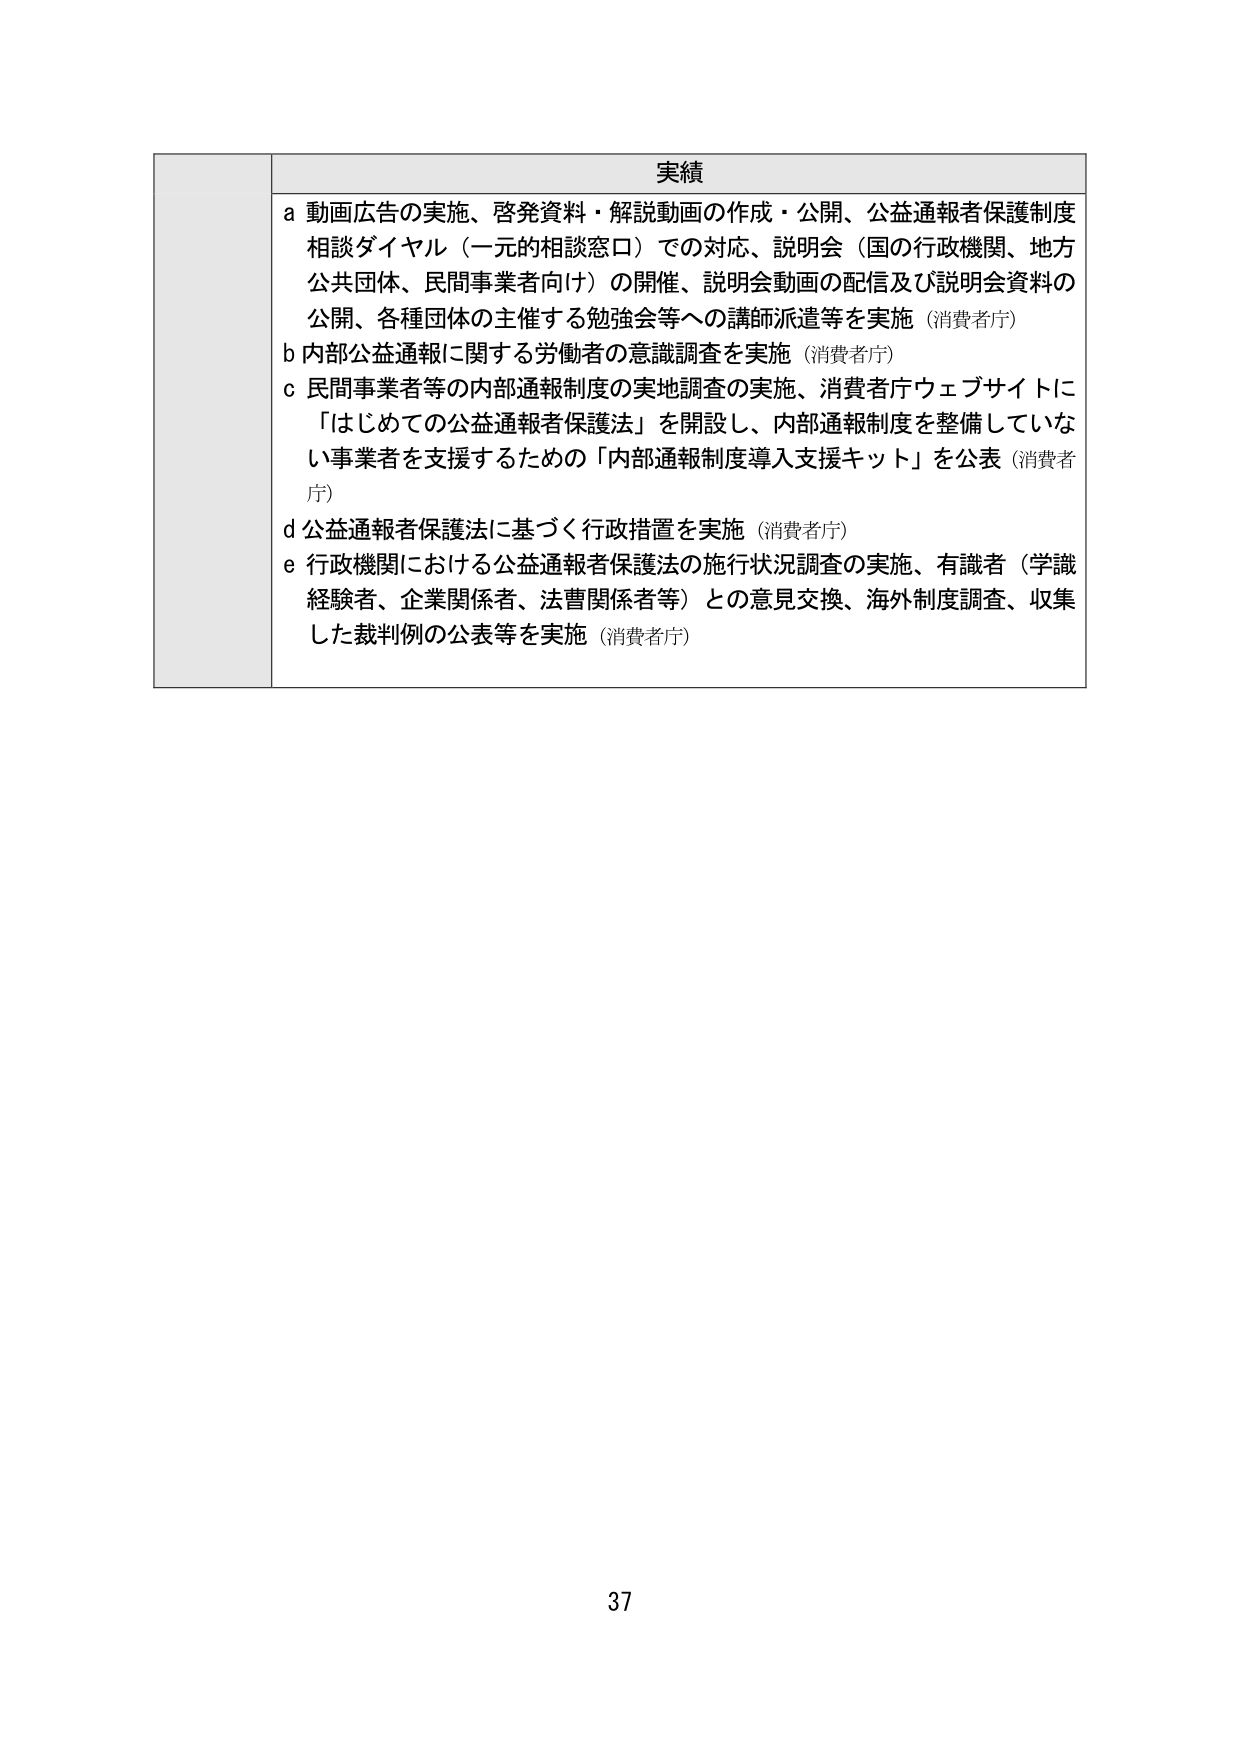
実績
a 動画広告の実施、啓発資料・解説動画の作成・公開、公益通報者保護制度
相談ダイヤル（一元的相談窓口）での対応、説明会（国の行政機関、地方
公共団体、民間事業者向け）の開催、説明会動画の配信及び説明会資料の
公開、各種団体の主催する勉強会等への講師派遣等を実施（消費者庁）
b 内部公益通報に関する労働者の意識調査を実施（消費者庁）
c 民間事業者等の内部通報制度の実地調査の実施、消費者庁ウェブサイトに
「はじめての公益通報者保護法」を開設し、内部通報制度を整備していな
い事業者を支援するための「内部通報制度導入支援キット」を公表（消費者
庁）
d 公益通報者保護法に基づく行政措置を実施（消費者庁）
e 行政機関における公益通報者保護法の施行状況調査の実施、有識者（学識
経験者、企業関係者、法曹関係者等）との意見交換、海外制度調査、収集
した裁判例の公表等を実施（消費者庁）
37